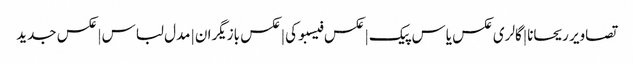
تصاویر ریحانا | گالری عکس یاس پیک | عکس فیسبوکی | عکس بازیگران | مدل لباس | عکس جدید